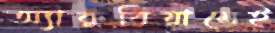
অ্যাকুরিয়ামেই